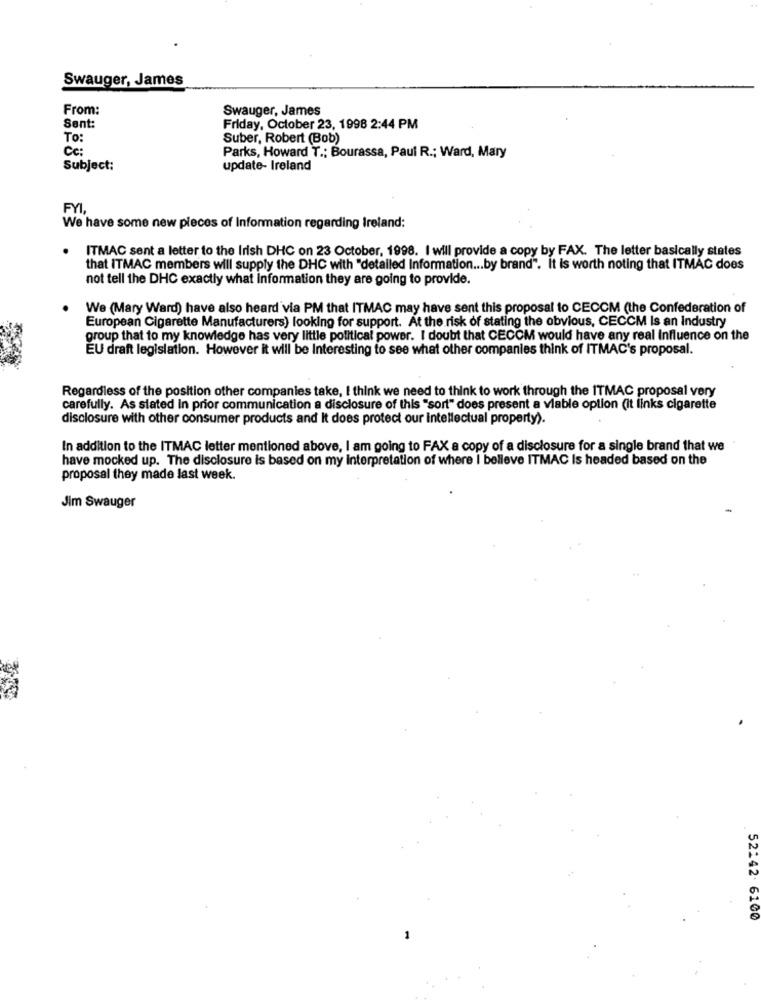
Swauger, James
From:
Swauger, James
Sent:
Friday, October 23, 1998 2:44 PM
To:
Suber, Robert (Bob)
Cc:
Parks, Howard T .; Bourassa, Paul R .; Ward, Mary
Subject:
update- Ireland
FYI
We have some new pieces of Information regarding Ireland:
ITMAC sent a letter to the Irish DHC on 23 October, 1998. I will provide a copy by FAX. The letter basically states
that ITMAC members will supply the DHC with "detailed Information ... by brand". It is worth noting that ITMAC does
not tell the DHC exactly what information they are going to provide.
We (Mary Ward) have also heard via PM that ITMAC may have sent this proposal to CECOM (the Confederation of
European Cigarette Manufacturers) looking for support. At the risk of stating the obvious, CECCM Is an Industry
group that to my knowledge has very little political power. I doubt that CECCM would have any real Influence on the
EU draft legislation. However it will be Interesting to see what other companies think of ITMAC's proposal.
Regardless of the position other companies take, I think we need to think to work through the ITMAC proposal very
carefully. As stated in prior communication a disclosure of this "sort" does present a viable option (it links cigarette
disclosure with other consumer products and It does protect our intellectual property).
In addition to the ITMAC letter mentioned above, I am going to FAX a copy of a disclosure for a single brand that we
have mocked up. The disclosure is based on my interpretation of where I believe ITMAC Is headed based on the
proposal they made last week.
Jim Swauger
52:42 6100